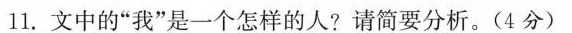
11.文中的”我”是一个怎样的人?请简要分析。(4分)